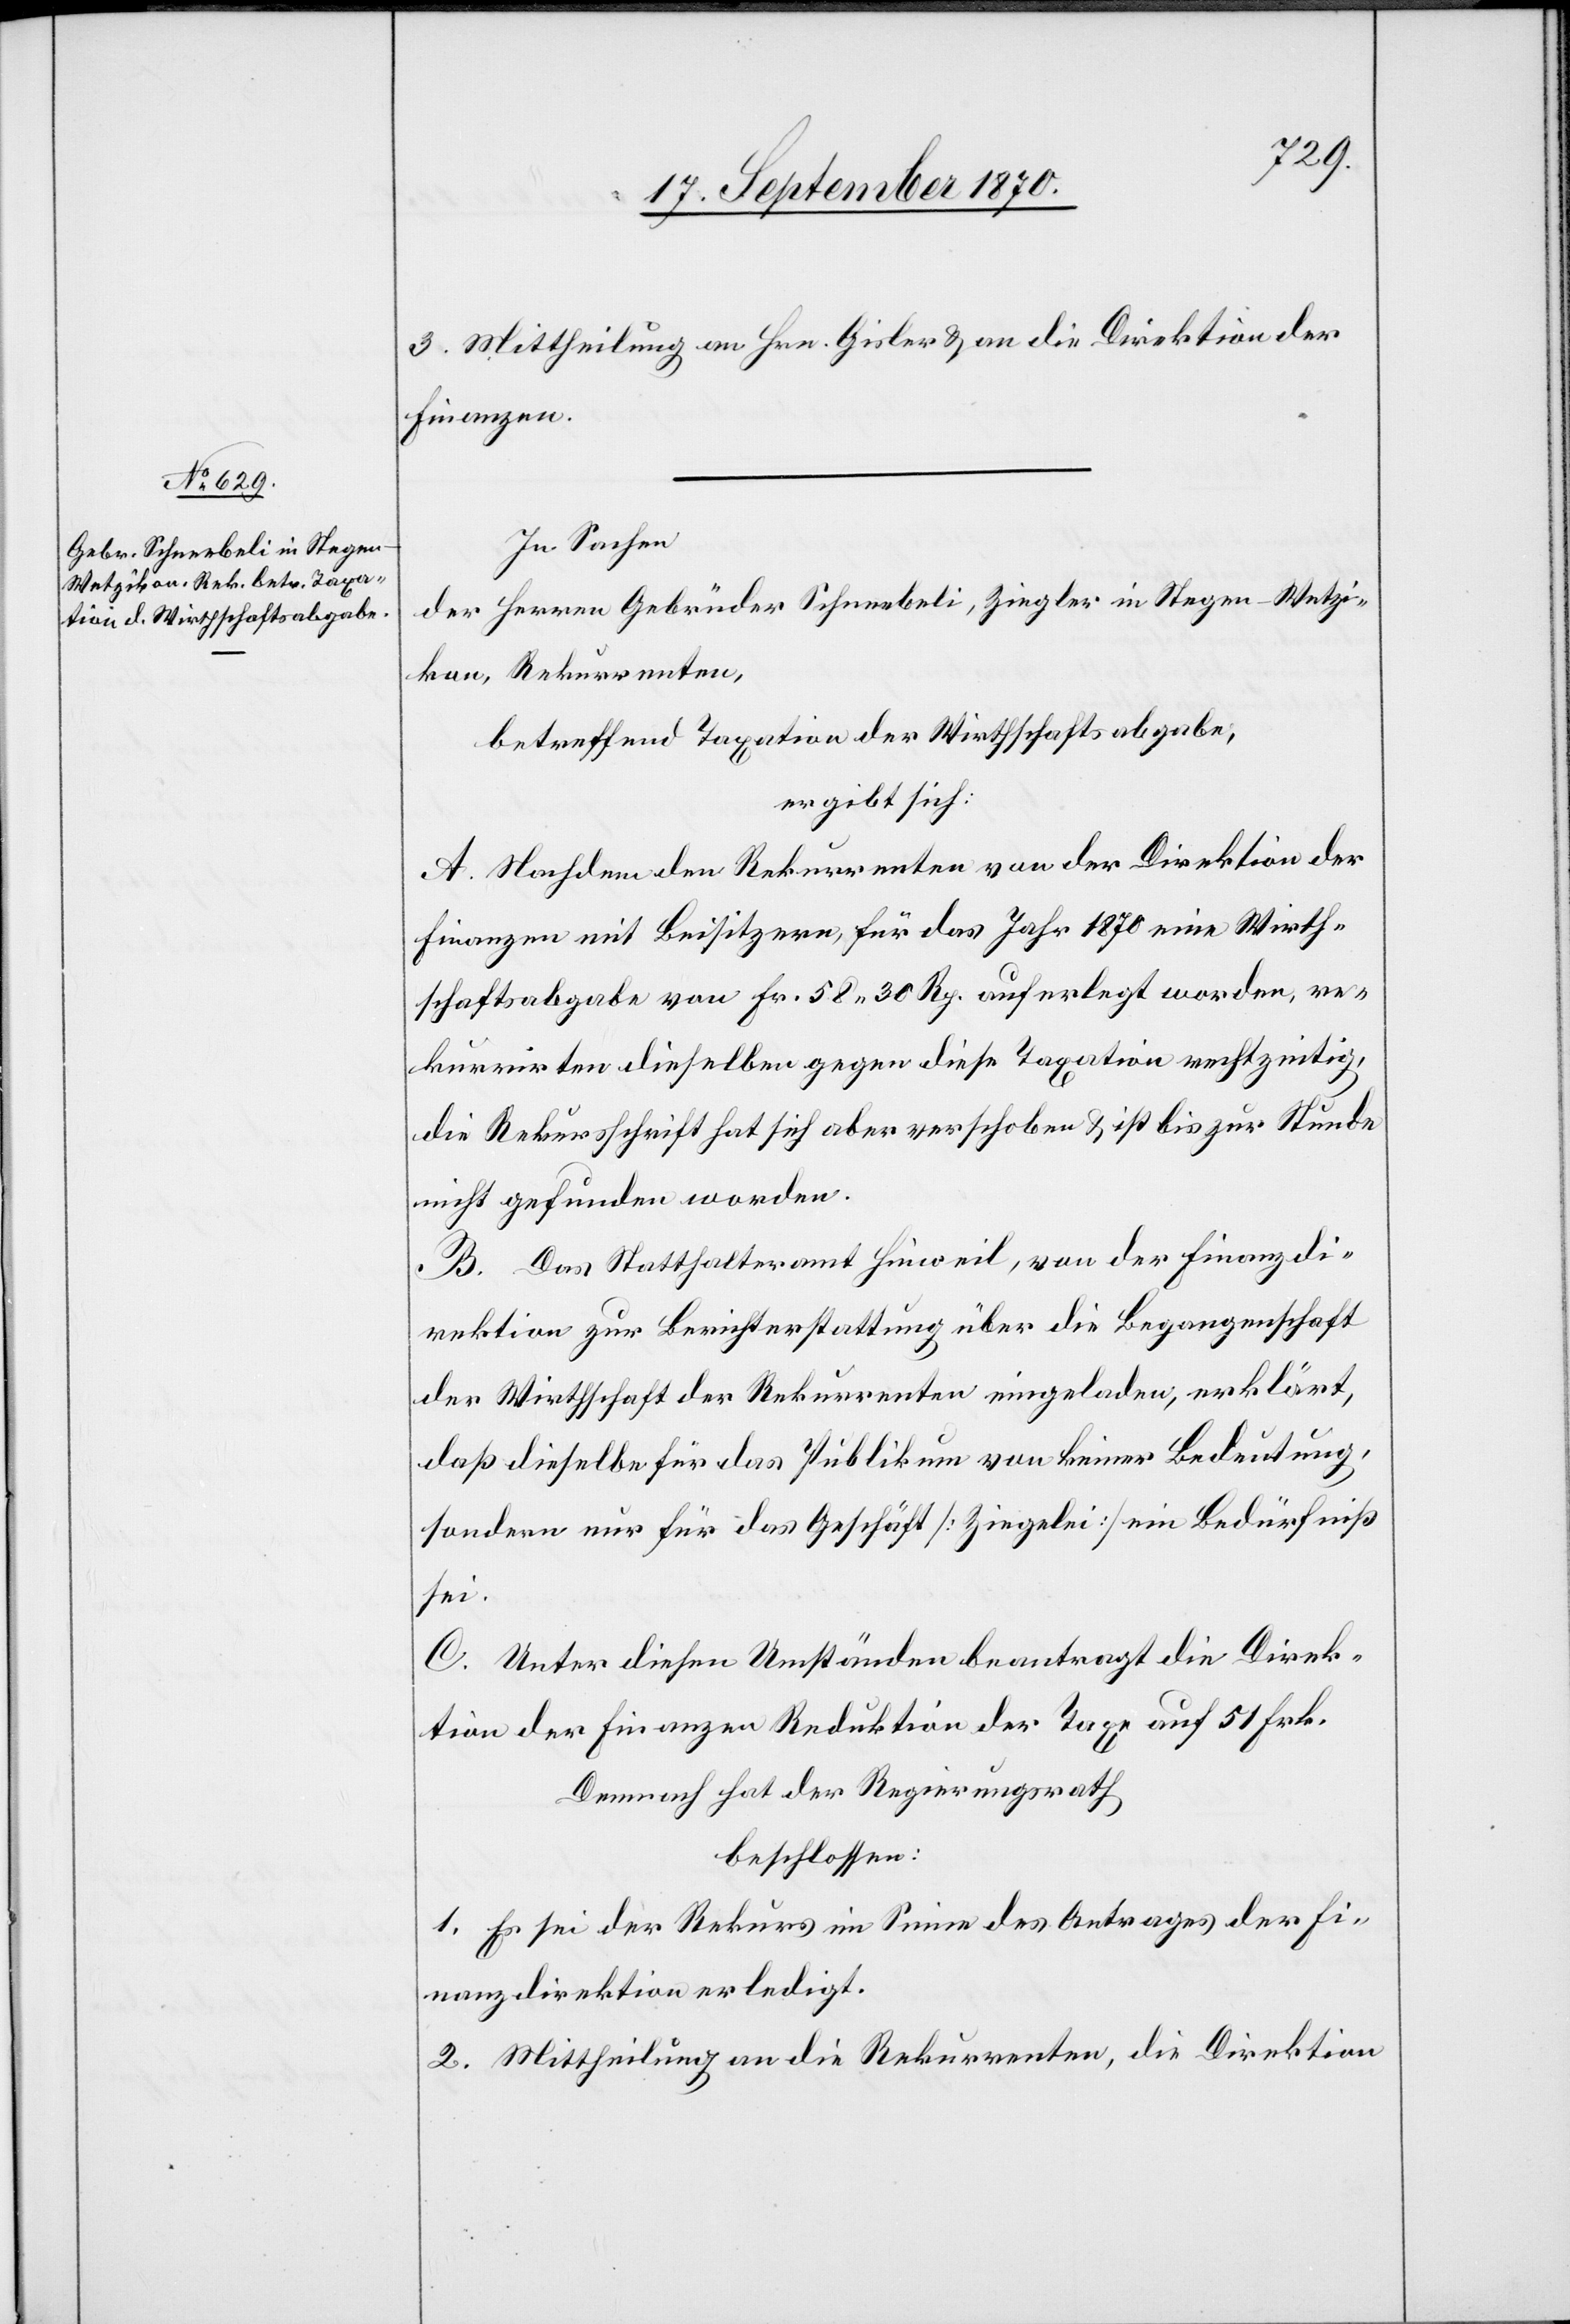
3. Mittheilung an Hrn. Gisler & an die Direktion der
Finanzen.
In Sachen
der Herren Gebrüder Schneebeli, Ziegler in Stegen - Wetzi¬
kon, Rekurrenten,
betreffend Taxation der Wirthschaftsabgabe,
ergibt sich:
A. Nachdem den Rekurrenten von der Direktion der
Finanzen mit Beisitzern, für das Jahr 1870 eine Wirth¬
schaftsabgabe von Fr. 58.30 Rp. auferlegt worden, re¬
kurrirten dieselben gegen diese Taxation rechtzeitig,
die Rekursschrift hat sich aber verschoben & ist bis zur Stunde
nicht gefunden worden.
B. Das Statthalteramt Hinweil, von der Finanzdi¬
rektion zur Berichterstattung über die Begangenschaft
der Wirthschaft der Rekurrenten eingeladen, erklärt,
daß dieselbe für das Publikum von keiner Bedeutung,
sondern nur für das Geschäft [Ziegelei] ein Bedürfniß
sei.
C. Unter diesen Umständen beantragt die Direk¬
tion der Finanzen Reduktion der Taxe auf 51 Frk.
Demnach hat der Regierungsrath
beschlossen:
1. Es sei der Rekurs im Sinne des Antrages der Fi¬
nanzdirektion erledigt.
2. Mittheilung an die Rekurrenten, die Direktion